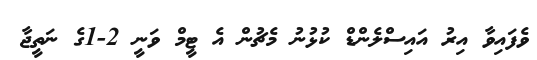
ވެފައިވާ އިރު އައިސްލެންޑް ކުޅުނު މެޗުން އެ ޓީމް ވަނީ 2-1ގެ ނަތީޖާ